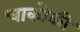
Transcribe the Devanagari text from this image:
चाकोकी